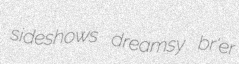
sideshows dreamsy br'er